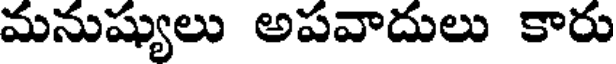
మనుష్యులు అపవాదులు కారు